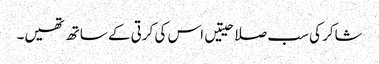
شاکر کی سب صلاحیتیں اس کی کرتی کے ساتھ تھیں۔